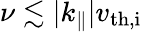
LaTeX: \nu\lesssim|k_{\parallel}|v_{\mathrm{th,i}}